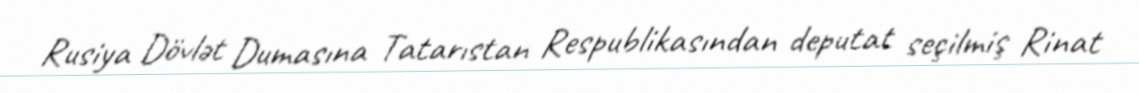
Rusiya Dövlət Dumasına Tatarıstan Respublikasından deputat seçilmiş Rinat